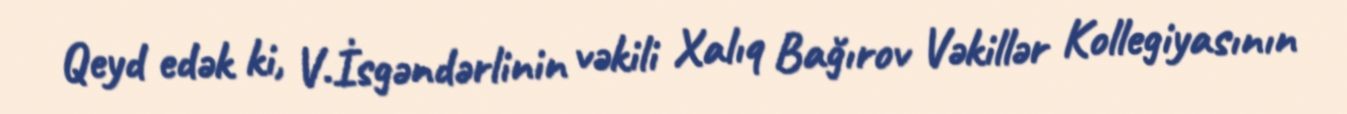
Qeyd edək ki, V.İsgəndərlinin vəkili Xalıq Bağırov Vəkillər Kollegiyasının